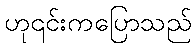
ဟု၎င်းကပြောသည်